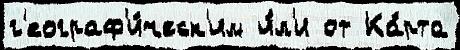
г'еограф'и́ческ'им и́л'и от Ка́рта